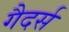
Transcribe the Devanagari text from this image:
गैदर्स